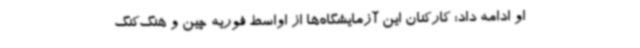
او ادامه داد: کارکنان این آزمایشگاه‌ها از اواسط فوریه چین و هنگ‌کنگ